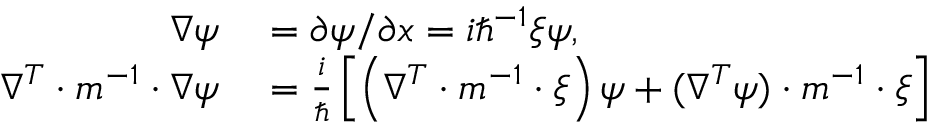
\begin{array} { r l } { \nabla \psi } & { { } = \partial \psi / \partial x = i \hbar ^ { - 1 } \xi \psi , } \\ { \nabla ^ { T } \cdot m ^ { - 1 } \cdot \nabla \psi } & { { } = \frac { i } { \hbar } \left[ \left( \nabla ^ { T } \cdot m ^ { - 1 } \cdot \xi \right) \psi + ( \nabla ^ { T } \psi ) \cdot m ^ { - 1 } \cdot \xi \right] } \end{array}